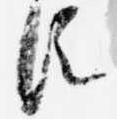
臣